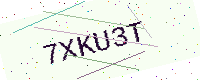
Text: 7XKU3T